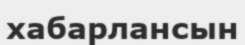
хабарлансын